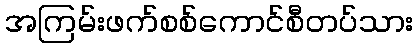
အကြမ်းဖက်စစ်ကောင်စီတပ်သား